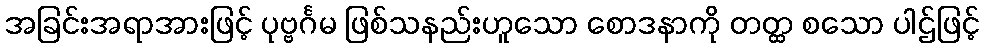
အခြင်းအရာအားဖြင့် ပုဗ္ဗင်္ဂမ ဖြစ်သနည်းဟူသော စောဒနာကို တတ္ထ စသော ပါဌ်ဖြင့်